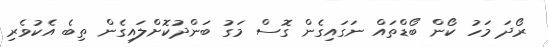
ރޯދަ މަހު ކޯން ބޯޑްތައް ނަގައިގެން ގޮސް މަގު ބަންދުކޮށްލައިގެން ތިބެ އެކުވެރި